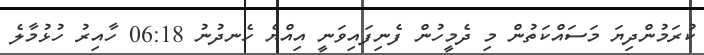
ކުރަމުންދިޔަ މަސައްކަތުން މި ދެމީހުން ފެނިފައިވަނީ އިއްޔެ ހެނދުނު 06:18 ހާއިރު ހުޅުމާލެ